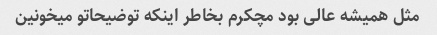
مثل همیشه عالی بود مچکرم بخاطر اینکه توضیحاتو میخونین